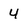
Character: 4